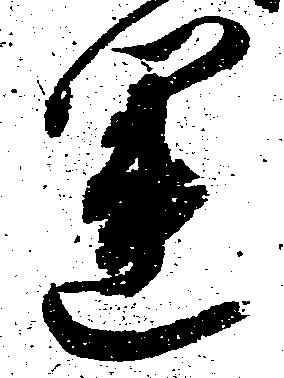
運